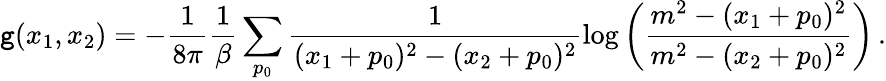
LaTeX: \mathtt{g}(x_{1},x_{2})=-\frac{{1}}{{8\pi}}\frac{{1}}{{\beta}}\sum_{p_{0}}\frac{{1}}{{(x_{1}+p_{0})^{2}-(x_{2}+p_{0})^{2}}}\log\left(\frac{{m^{2}-(x_{1}+p_{0})^{2}}}{{m^{2}-(x_{2}+p_{0})^{2}}}\right)\, .